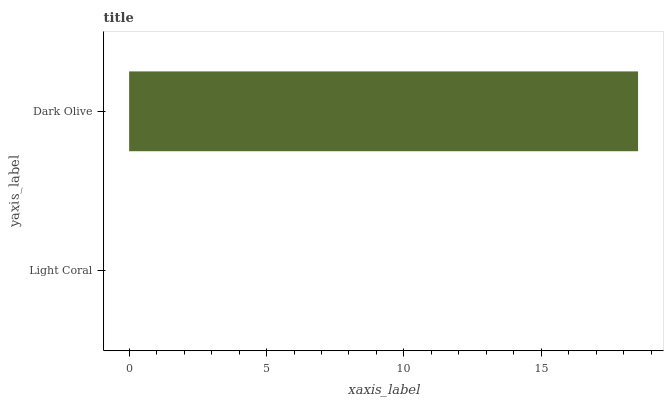
| yaxis_label | bars |
 | --- | --- |
 | Light Coral | 0 |
 | Dark Olive | 18.5 |